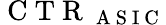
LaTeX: \mathrm{~C~T~R~}_{\mathrm{~A~S~I~C~}}